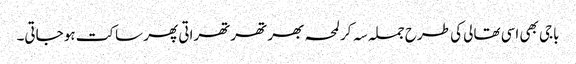
باجی بھی اسی تھالی کی طرح جملہ سہ کر لمحہ بھر تھرتھراتی پھر ساکت ہو جاتی۔